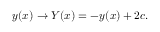
y ( x ) \rightarrow Y ( x ) = - y ( x ) + 2 c .